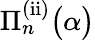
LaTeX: \Pi_{n}^{\mathrm{(ii)}}\big(\alpha\big)